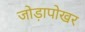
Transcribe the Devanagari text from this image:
जोड़ापोखर